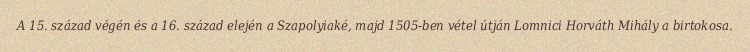
A 15. század végén és a 16. század elején a Szapolyiaké, majd 1505-ben vétel útján Lomnici Horváth Mihály a birtokosa.